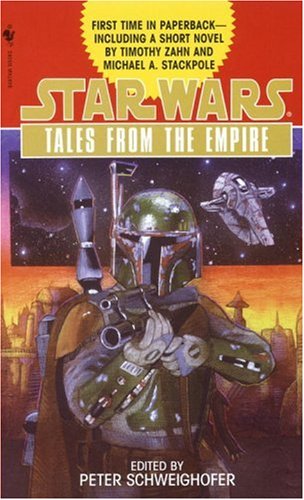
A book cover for Tales from the Empire: Star Wars; Peter Schweighofer; Literature & Fiction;